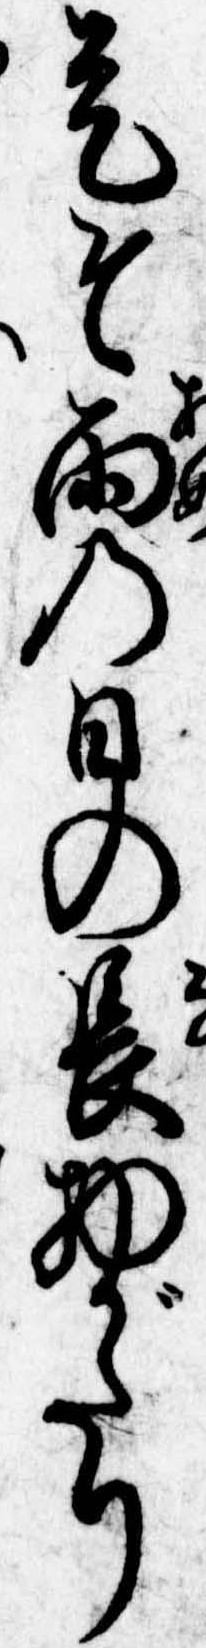
是そ雨の日の長物がたり